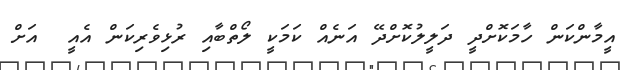
އީމާންކަން ހާމަކޮށްދީ ދަލީލުކޮށްދޭ އަނެއް ކަމަކީ ލޯތްބާއި ރުޅިވެރިކަން އެއީ  އަށް